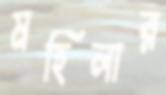
মহিলার